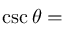
\csc \theta =